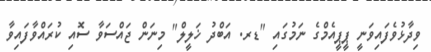
ވިދާޅުވެފައިިވަނީ ޕީޕީއެމްގެ ނަމުގައި "ޑރ. އަބްދު ޚަލީލް" މިނަން ޖައްސަވާ ސޮއި ކުރައްވާފައިވާ